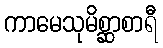
ကာမေသုမိစ္ဆာစာရီ